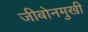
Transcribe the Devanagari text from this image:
जीबोनमुखी